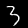
Digit: 3